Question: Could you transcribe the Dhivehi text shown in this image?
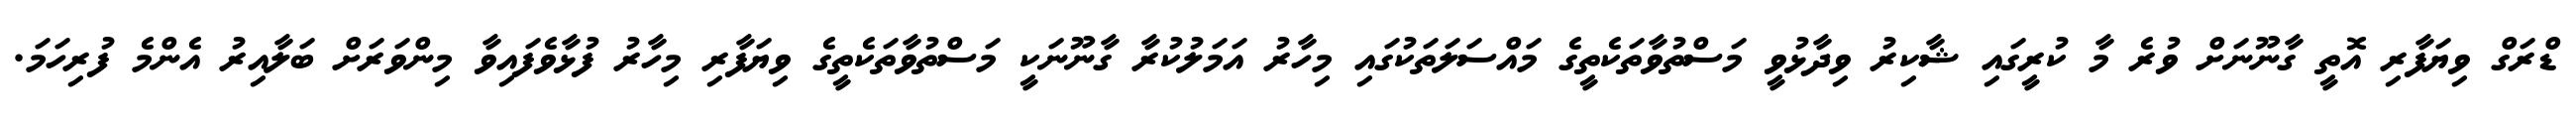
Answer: ޑްރަގް ވިޔަފާރި އޮތީ ގާނޫނަށް ވުރެ މާ ކުރީގައި ޝާކިރު ވިދާޅުވީ މަސްތުވާތަކެތީގެ މައްސަލަތަކުގައި މިހާރު އަމަލުކުރާ ގާނޫނަކީ މަސްތުވާތަކެތީގެ ވިޔަފާރި މިހާރު ފުޅާވެފައިވާ މިންވަރަށް ބަލާއިރު އެންމެ ފުރިހަމަ.